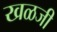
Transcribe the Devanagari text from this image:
खळजी